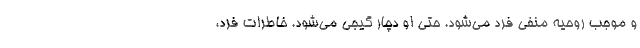
و موجب روحیه منفی فرد می‌شود. حتی او دچار گیجی می‌شود. خاطرات فرد،